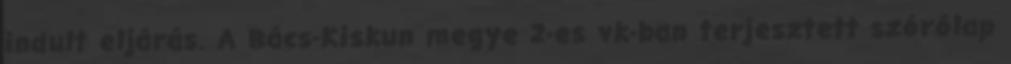
indult eljárás. A Bács-Kiskun megye 2-es vk-ban terjesztett szórólap